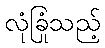
လုံခြုံသည့်